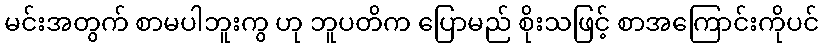
မင်းအတွက် စာမပါဘူးကွ ဟု ဘူပတိက ပြောမည် စိုးသဖြင့် စာအကြောင်းကိုပင်